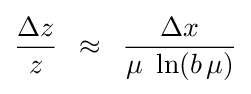
{\frac {\Delta z}{z}}\,\,\,\approx \,\,\,{\frac {\Delta x}{\mu \,\,\ln(b\,\mu )}}